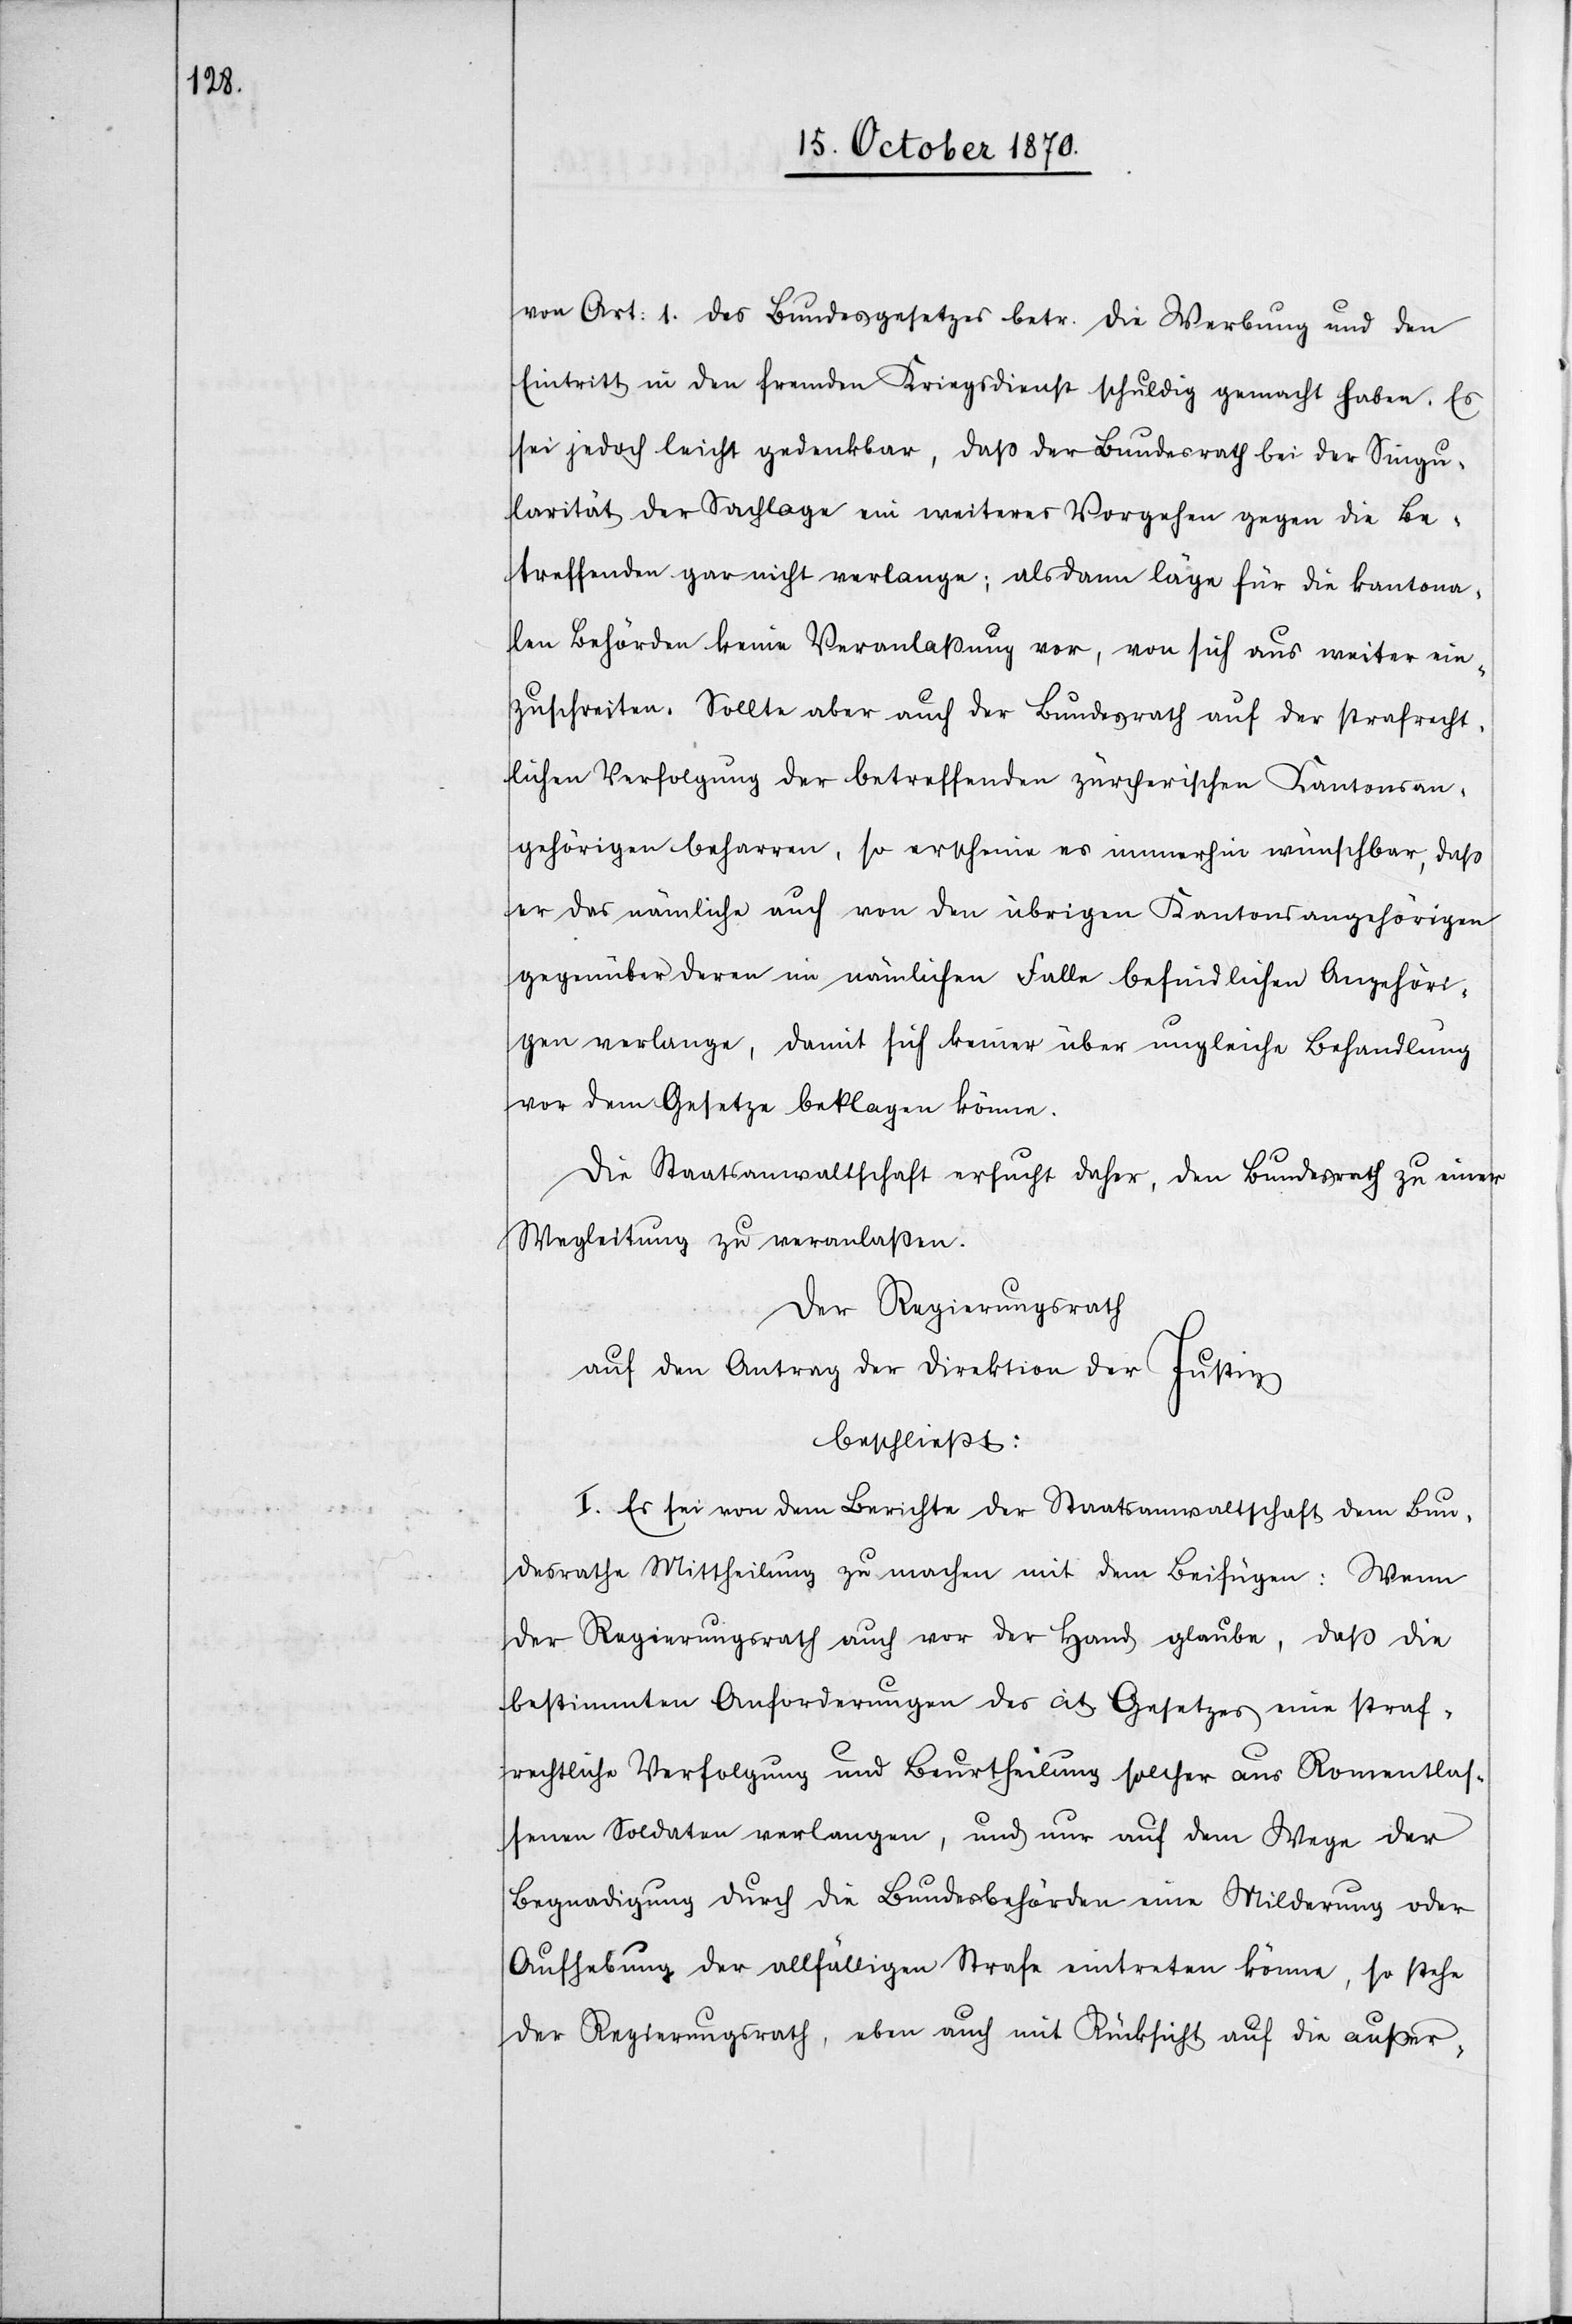
von Art: 1 des Bundesgesetzes betr. die Werbung und den
Eintritt in den fremden Kriegsdienste schuldig gemacht haben. Es
sei jedoch leicht gedenkbar, daß der Bundesrath bei der Singu¬
larität der Sachlage ein weiteres Vorgehen gegen die Be¬
treffenden gar nicht verlange; alsdann läge für die kantona¬
len Behörden keine Veranlaßung vor, von sich aus weiter ein¬
zuschreiten. Sollte aber auch der Bundesrath auf der strafrecht¬
lichen Verfolgung der betreffenden zürcherischen Kantonsan¬
gehörigen beharren, so erscheine es immerhin wünschbar, daß
es der nämliche auch von den übrigen Kantonsangehörigen
gegenüber deren im nämlichen Falle befindlichen Angehöri¬
gen verlange, damit sich keiner über ungleiche Behandlung
vor dem Gesetze beklagen könne.
Die Staatsanwaltschaft ersucht daher, den Bundesrath zu einer
Wegleitung zu veranlaßen.
Der Regierungsrath
auf den Antrag der Direktion der Justiz
beschließt:
I. Es sei von dem Berichte der Staatsanwaltschaft dem Bun¬
desrathe Mittheilung zu machen mit dem Beifügen: Wenn
der Regierungsrath auch vor der Hand glaube, daß die
bestimmten Anforderungen des cit Gesetzes eine straf¬
rechtliche Verfolgung und Beurtheilung solcher aus Romentlas¬
senen Soldaten verlangen, und nur auf dem Wege der
Begnadigung durch die Bundesbehörden eine Milderung oder
Aufhebung der allfälligen Strafe eintreten könne, so stehe
der Regierungsrath, eben auch mit Rücksicht auf die außer-